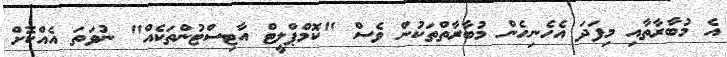
އެ މުބާރާތާއި މިފަދަ އެހެނިހެން މުބާރާތްތަކުން ވެސް "ކޮމްޕްލީޓް އާޓިސްޓުންތަކެއް" ނުވަތަ އެއްކޮށް